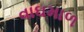
વાઘમાળ